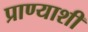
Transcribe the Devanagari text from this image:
प्राण्याशी